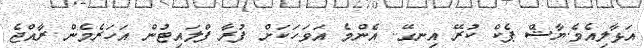
އަޅާލިއެވެ.ޔާޝް ޕެކް ކުރޭ އިނގޭ.. އެންމެ އަވަހަކަށް ފުރާ ފްލައިޓުން އަހަރެމެން ރާއްޖެ